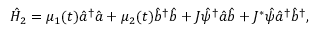
{ \hat { H } } _ { 2 } = \mu _ { 1 } ( t ) { \hat { a } } ^ { \dagger } { \hat { a } } + \mu _ { 2 } ( t ) { \hat { b } } ^ { \dagger } { \hat { b } } + J { \hat { \psi } } ^ { \dagger } { \hat { a } } { \hat { b } } + J ^ { * } { \hat { \psi } } { \hat { a } } ^ { \dagger } { \hat { b } } ^ { \dagger } ,